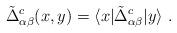
LaTeX: \begin{align*}\tilde{\Delta}^c_{\alpha\beta}(x,y)= \langle x | \tilde{\Delta}^c_{\alpha\beta} | y\rangle\;.\end{align*}